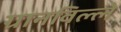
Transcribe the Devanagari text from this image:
ग्रानविल्ले